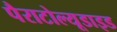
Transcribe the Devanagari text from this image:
पैराटोल्यूडाइड